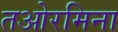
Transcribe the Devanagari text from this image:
तओरमिना